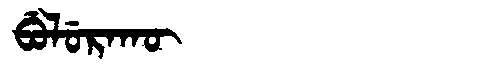
Manchu: ᠪᡠᠯᡠᡵᠠᡴᡡ
Romanization: BULURAKŪ